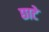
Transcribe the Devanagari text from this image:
छाटे